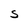
Character: S